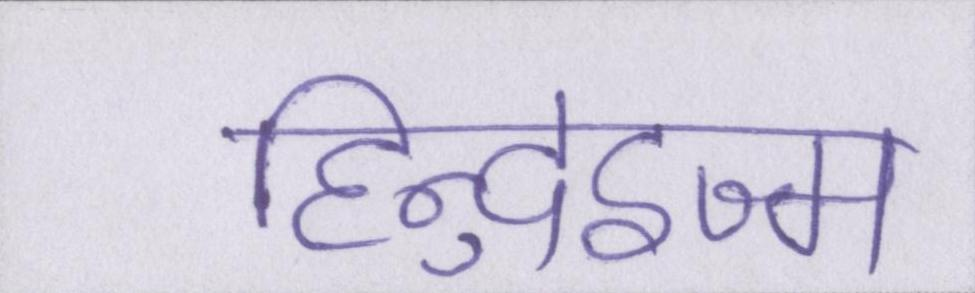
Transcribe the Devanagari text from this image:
हिन्दुइज्म